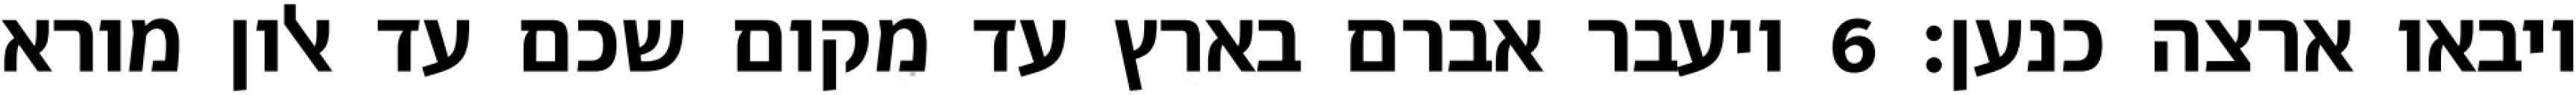
ויבאו ארצה כנען׃ ‎6‏ ויעבר אברם בארץ עד מקום שכם עד אלון מורא